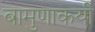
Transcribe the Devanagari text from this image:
बामुणाकयी